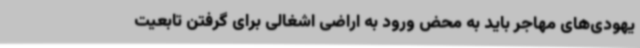
یهودی‌های مهاجر باید به محض ورود به اراضی اشغالی برای گرفتن تابعیت